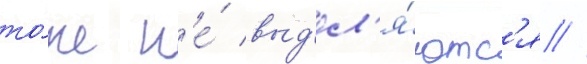
то́же н'е́ выд'ел'я́ютс'я //